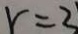
r = 3